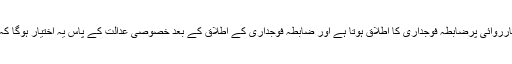
آج فیصلہ سناتے ہوئے عدالت نے قرار دیا کہ عدالتی کارروائی پرضابطہ فوجداری کا اطلاق ہوتا ہے اور ضابطہ فوجداری کے اطلاق کے بعد خصوصی عدالت کے پاس یہ اختیار ہوگا کہ وہ ملزم کے گرفتاری کے وارنٹ جاری کرسکے گی۔